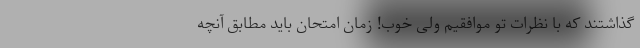
‌گذاشتند که با نظرات تو موافقیم ولی خوب! زمان امتحان باید مطابق آنچه